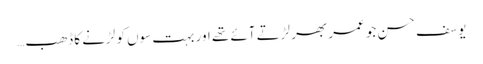
یوسف حسن جو عمر بھر لڑتے آئے تھے اور بہت سوں کو لڑنے کا ڈھب…